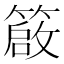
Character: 𥳃